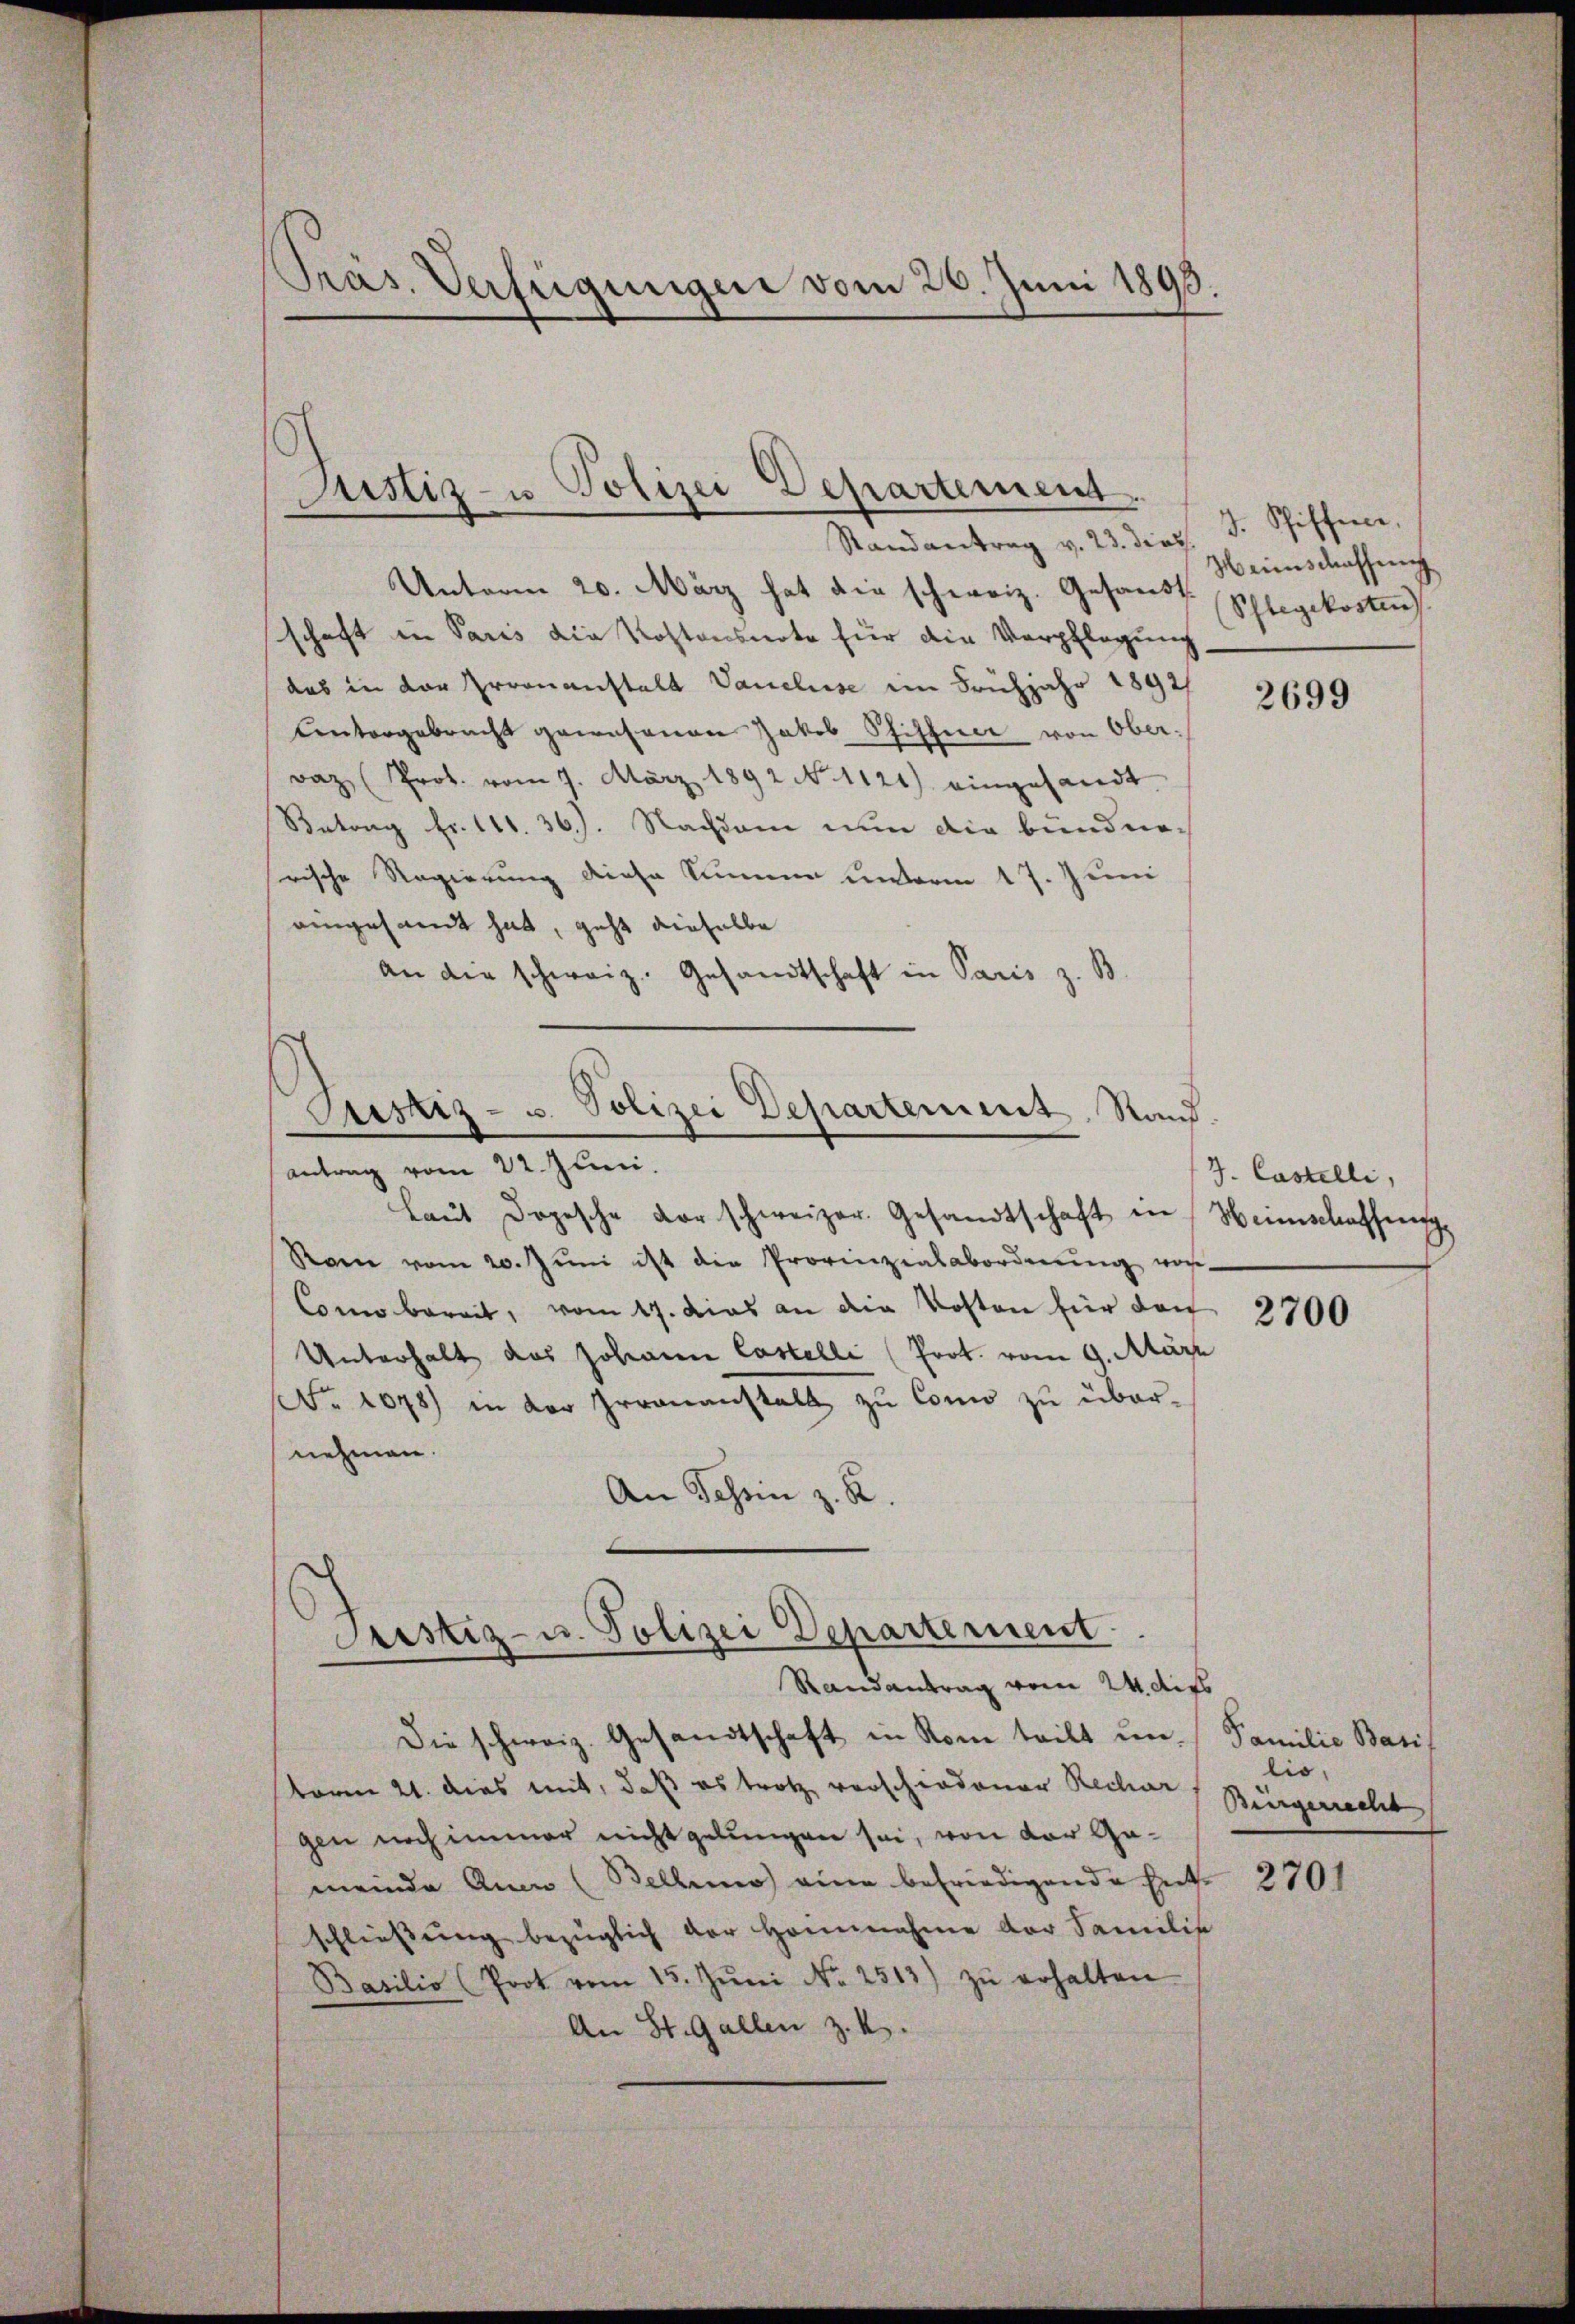
Pras. Verfügungen vom 26. Juni 1893.

Unterm 20. März hat die schweiz. Gesandt. Schlegekosten
schaft in Paris die Rostonsnote für die Verpflegung
das in der Irrenanstalt Vancluse im Frühjahr 1892/
Contorgebracht gewesenen Jakob Pfiffice von Oberraz (Prot. vom 7. März 1892 No 1121) eingesandt
Antrag Fr. 111. 36.). Nachdem nun die bundnorische Regierung diese Summen unterm 17. Juni
aingesamt hat, geht dieselbe
An die schweiz. Gesandtschaft in Paris z. B.

Justiz- u Polizei Departement.
Randantrag v. 23. dies. J. Schiffene,

Justiz- u. Polizei Departement Stand.
antrag vom 22. Juni.
Laŭt Dopische Vorschweizer. Gesandtschaft in Weinschaffung

Justiz- u. Polizei Departement
Randantrag vom 24. dies

Die schweiz. Gesandtschaft in Rom teilt un
term 21. dies mit, daß es trotz verschiedener Rechar
gen noch immer nicht gelungen sei, von der Gemeinde Aue (Bellenes eine befriedigende Ent-
schliessŭng bezüglich der Honnnahme der Familie
Basilio (Prot vom 15. Jŭni No 2513) zŭ erhalten.
An St. Gallen z. B.

Rom vom 20. Jŭni ist die Provinzialabordnŭng vor-
Como bereit, vom 17. Das an die Kosten für darf
Unterhalt das Johann Castelli (Prot. vom 9. März
No 1048) in der Irrenanstalt zu Como zu über-
nehmen.
An Tessin z. R.

Weinschaffung

2699

J. Castelli,

2700

Familie Basi
lio,
Bürgerrecht

2701